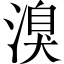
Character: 溴